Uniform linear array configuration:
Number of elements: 32
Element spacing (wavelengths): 0.25
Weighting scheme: uniform
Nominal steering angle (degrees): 45
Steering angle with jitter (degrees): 46.465
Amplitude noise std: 0.05
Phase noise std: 0.05

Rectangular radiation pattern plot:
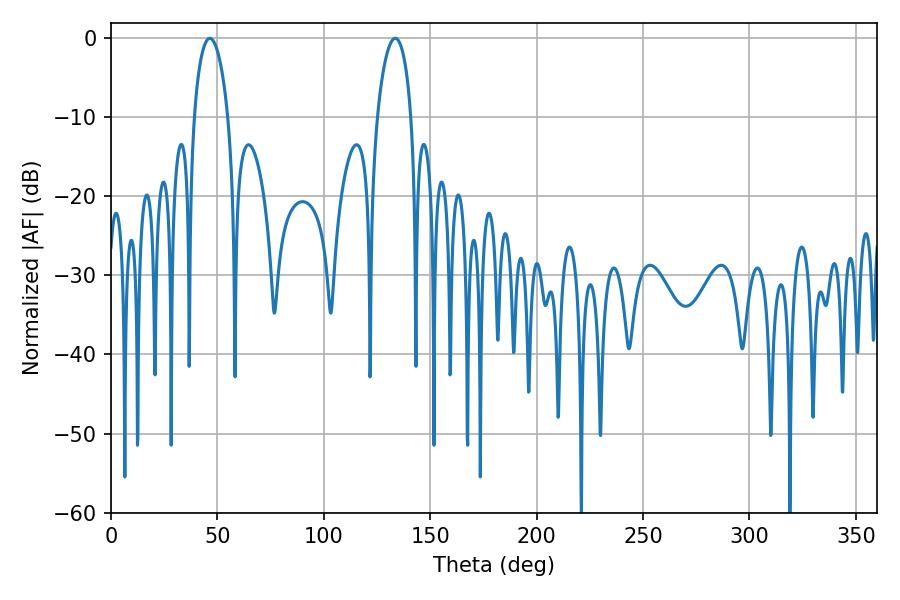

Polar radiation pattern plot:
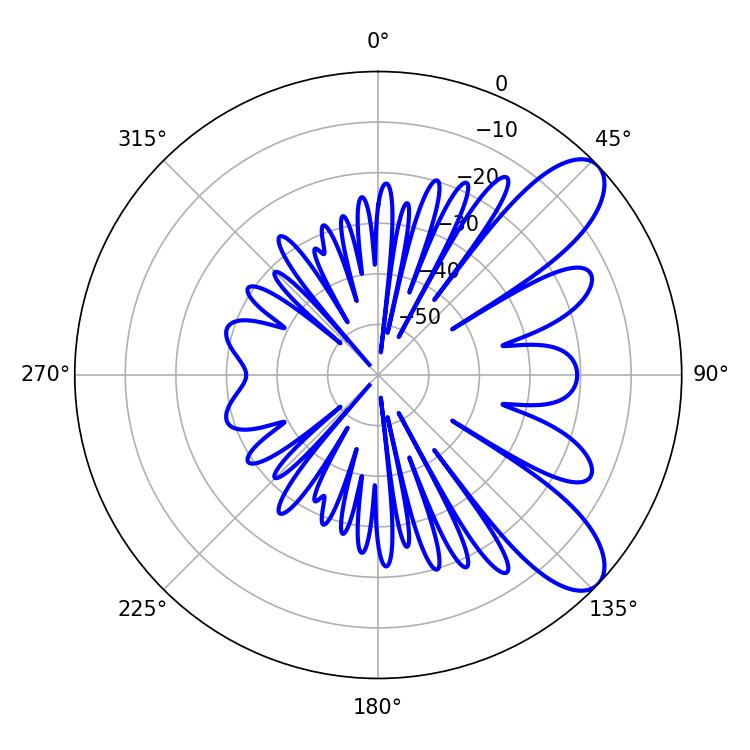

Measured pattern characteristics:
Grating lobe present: FALSE
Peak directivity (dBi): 8.871
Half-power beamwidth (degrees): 9
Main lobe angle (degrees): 46.44